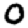
Digit: 0